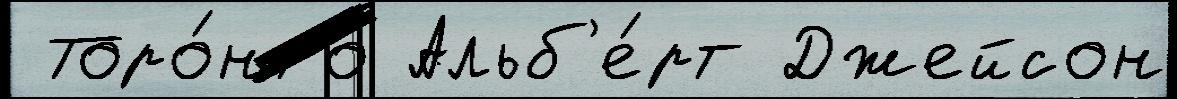
 Торо́нто Альб'е́рт Джейсон